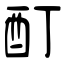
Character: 酊